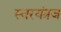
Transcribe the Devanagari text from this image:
स्वरयंत्रज